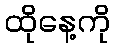
ထိုနေ့ကို